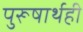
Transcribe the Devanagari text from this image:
पुरूषार्थही